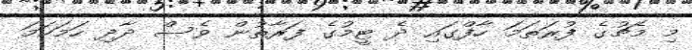
މި މެޗުގެ ފުރަތަމަ ހާފްގައި ދެ ޓީމުގެ ފަރާތުން ވެސް ދާދި ހަމަހަމަ